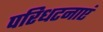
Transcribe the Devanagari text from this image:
परिधटनाएं